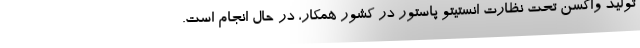
تولید واکسن تحت نظارت انستیتو پاستور در کشور همکار، در حال انجام است.